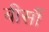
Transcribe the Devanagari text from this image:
बीसौं